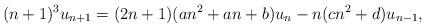
LaTeX: \begin{align*} (n + 1)^3 u_{n + 1} = (2 n + 1) (a n^2 + a n + b) u_n - n (c n^2 + d) u_{n - 1}, \end{align*}